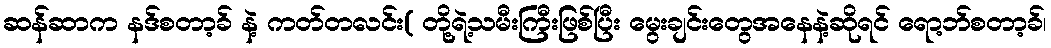
ဆန်ဆာက နဒ်စတာ့ခ် နဲ့ ကတ်တလင်း( တို့ရဲ့သမီးကြီးဖြစ်ပြီး မွေးချင်းတွေအနေနဲ့ဆိုရင် ရော့ဘ်စတာ့ခ်၊